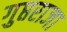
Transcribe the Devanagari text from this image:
गुप्तराजा